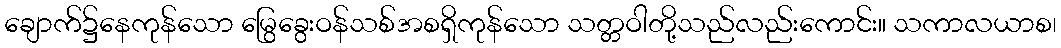
ချောက်၌နေကုန်သော မြွေခွေးဝန်သစ်အစရှိကုန်သော သတ္တဝါတို့သည်လည်းကောင်း။ သကာလယာစ၊